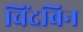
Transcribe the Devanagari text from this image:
चिंदबिन